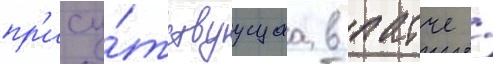
пр'ису́тствуущаа в патче /